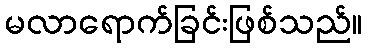
မလာရောက်ခြင်းဖြစ်သည်။